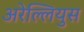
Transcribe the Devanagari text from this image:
अरेल्लियुस